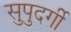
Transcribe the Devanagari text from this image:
सुपुदर्गी